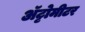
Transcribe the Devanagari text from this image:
अॅट्टोमीटर